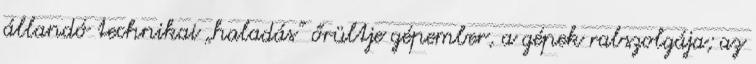
állandó technikai „haladás” őrültje gépember, a gépek rabszolgája; az